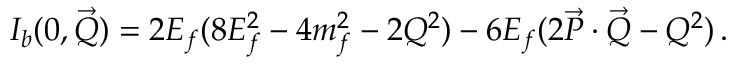
I _ { b } ( 0 , \vec { \cal Q } ) = 2 E _ { f } ( 8 E _ { f } ^ { 2 } - 4 m _ { f } ^ { 2 } - 2 { \cal Q } ^ { 2 } ) - 6 E _ { f } ( 2 \vec { P } \cdot \vec { \cal Q } - { \cal Q } ^ { 2 } ) \, .